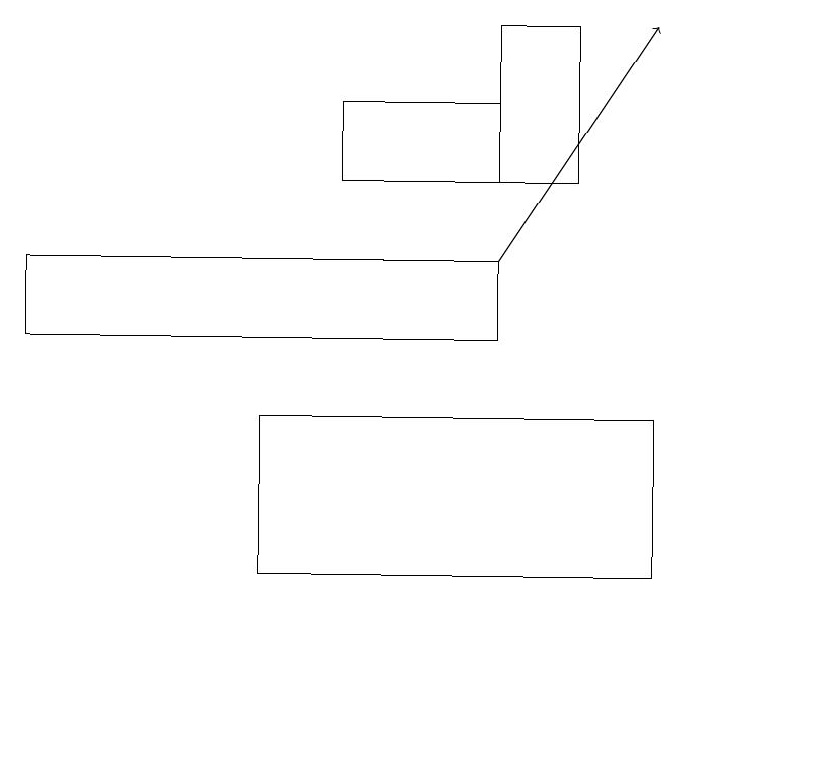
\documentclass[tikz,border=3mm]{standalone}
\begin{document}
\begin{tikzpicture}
\draw (10,10) circle (0);
\draw[->] (6,16) -- (8,19);
\draw (0,15) rectangle (6,16);
\draw (3,14) rectangle (8,12);
\draw (6,17) rectangle (7,19);
\draw (6,18) rectangle (4,17);
\draw (10,11) circle (0);
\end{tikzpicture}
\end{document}